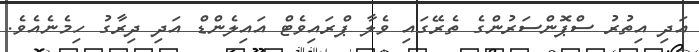
އަދި އިތުރު ސްޕޮންސަރުންގެ ތެރޭގައި ވެލާ ޕްރައިވެޓް އައިލެންޑް އަދި ދިރާގު ހިމެނެއެވެ.